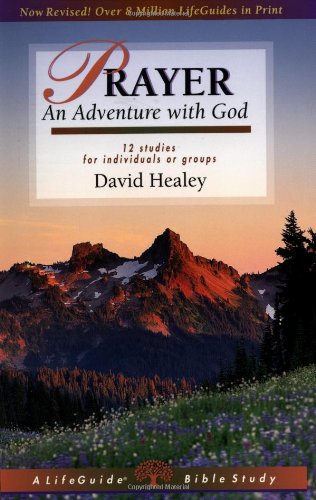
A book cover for Prayer: An Adventure with God (Lifeguide Bible Studies); John) David Healey; Christian Books & Bibles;